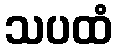
သပထံ